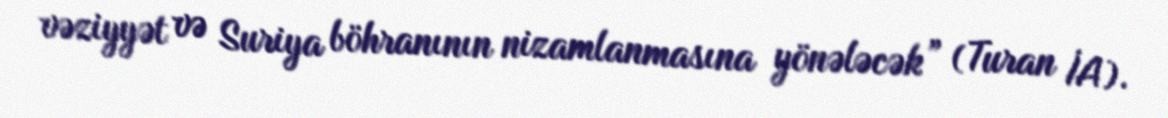
vəziyyət və Suriya böhranının nizamlanmasına yönələcək” (Turan İA).